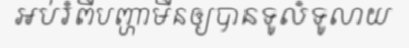
អប់រំពីបញ្ហាមីនឲ្យបានទូលំទូលាយ